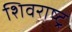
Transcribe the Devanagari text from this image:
शिवराष्ट्र